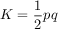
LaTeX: K = { \frac { 1 } { 2 } } p q